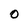
Character: O